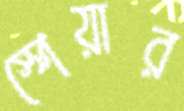
স্পেয়ার